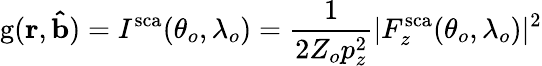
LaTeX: \mathrm{g}(\mathbf{r},\mathbf{\hat{b}})=I^{\mathrm{sca}}(\theta_{o},\lambda_{o})=\frac{1}{2Z_{o}p_{z}^{2}}|F_{z}^{\mathrm{sca}}(\theta_{o},\lambda_{o})|^{2}